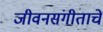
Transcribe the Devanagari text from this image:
जीवनसंगीताचे